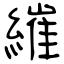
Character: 繀